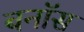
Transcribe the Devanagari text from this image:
बनॉस